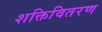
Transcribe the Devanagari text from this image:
शक्तिवितरण